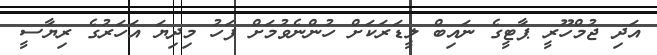
އަދި ޖުމްހޫރީ ޕާޓީގެ ނައިބް ލީޑަރަކަށް ހުންނެވުމަށް ފަހު މިދިޔަ އަހަރުގެ ރިޔާސީ